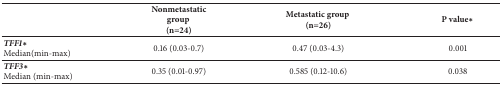
<table><thead><tr><td><b> </b></td><td><b>Nonmetastatic group (n=24)</b></td><td><b>Metastatic group (n=26)</b></td><td><b>P value∗</b></td></tr></thead><tbody><tr><td><b><i>TFF1</i></b><b>∗</b> Median(min-max)</td><td>0.16 (0.03-0.7)</td><td>0.47 (0.03-4.3)</td><td>0.001</td></tr><tr><td><b><i>TFF3</i></b><b>∗</b> Median (min-max)</td><td>0.35 (0.01-0.97)</td><td>0.585 (0.12-10.6)</td><td>0.038</td></tr></tbody></table>